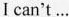
I can't...